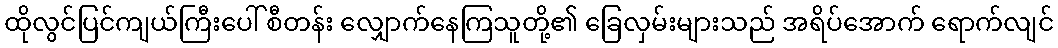
ထိုလွင်ပြင်ကျယ်ကြီးပေါ် စီတန်း လျှောက်နေကြသူတို့၏ ခြေလှမ်းများသည် အရိပ်အောက် ရောက်လျင်